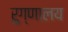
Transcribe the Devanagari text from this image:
रुग्‍णालय